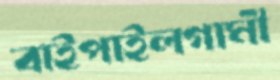
বাইপাইলগামী